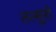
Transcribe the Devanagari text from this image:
तत्सुरो